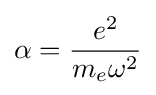
\alpha ={\frac {e^{2}}{m_{e}\omega ^{2}}}